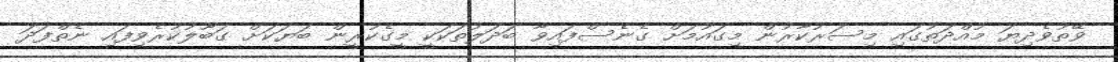
ވޭތުވެދިޔަ މުއްދަތުގައި މިސަރުކާރުން މިގައުމަށް ގެނެސްފައިވާ ބަދަލުތަކަކީ މީގެކުރީން ބަޔަކަށް ގަބޫލުކުރެވިފައި ނެތްފަދަ